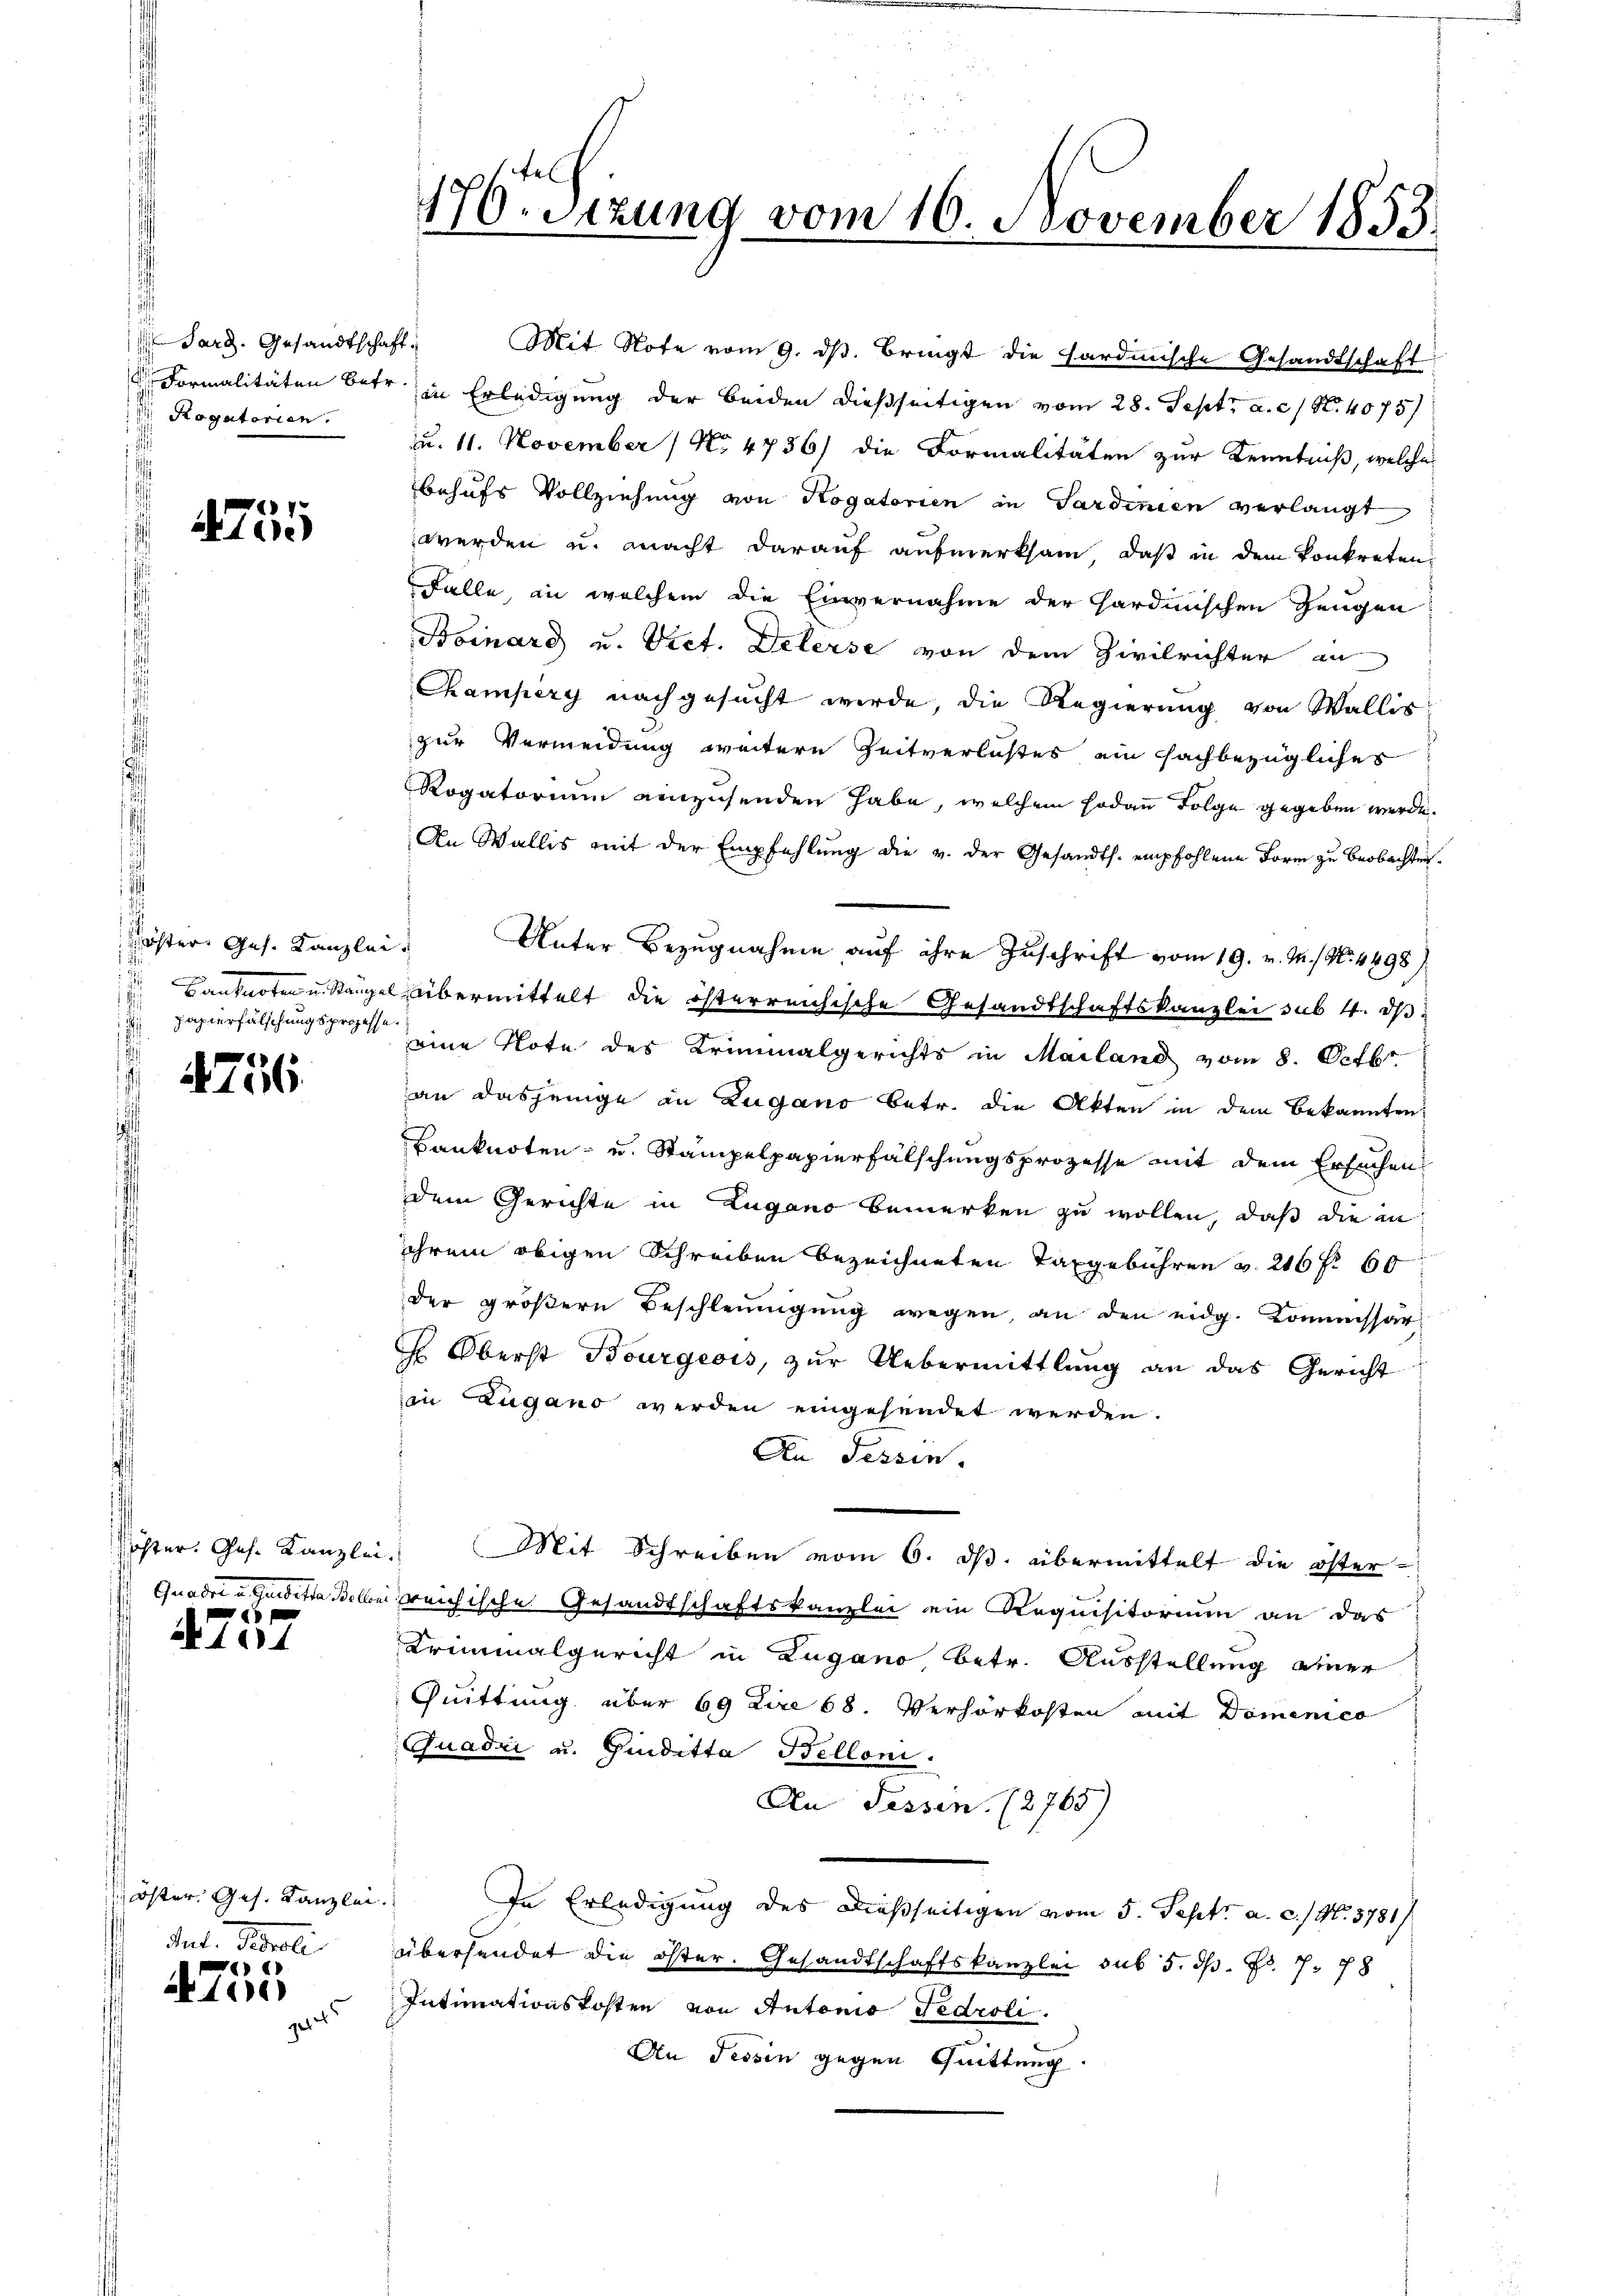
Sarg. Gesandtschaft
 Rogatorien.

4755

Köster Ges. Kanzlei
.
papierfälschungsprozesse.

e
N. 1116.

N 104

öster. Ges. Kanzlei.
tet. Storali

e
1

176. Sizung vom 16. November 1853.

Mit Note vom 9. dβ. Bringt die Hardmische Gesandtschaft
 Formalitäten betr. in Erledigung der beiden dießseitigen vom 28. Sept. a. c. / N. 4075/
u. 11. November 1 No 4736) die Formalitäten zur Kenntniß, welche
behufs Vollziehung von Rogatorien in Sardinien verlangt
werden u. macht darauf aufmerksam, daß in dem konkreten,
Falle, an welchem die Einvernahme der Gardinischen Zeugen
Boinard u. Vict. Delerse von dem Zivilrichter an
Champery nachgesucht werde, die Regierung von Wallis
zur Vermeidung weitere Zeitverlastes ein fachbezügliches
Rogatorium einzusenden habe, welchem sodann Folge gegeben werde.
An Wallis mit der Empfehlung die v. der Gesandts. empfohlene Form zu Beobachten¬
Unter Bezugnahme auf ihre Zuschrift vom 19. v. M. / No. 4898)
Banknoten u. Rangel übermittelt die österreichische Gesandtschaftskanzlei sub 4. ds
eine Note des Kriminalgerichts in Mailand vom 8. Octbr.
an dasjenige an Zugano betr. die Akten in dem Bekannten.
Banknoten- u. Stampelpapierfälschungsprozesse mit dem Ersuchen
dem Gerichte in Zugano bemerken zu wollen, daß die in
ihrem obigen Schreiben bezeichneten Taxgebühren u. 216 f. 60
der größern Beschleunigung wegen, an den eidg. Kommissar
 Oberst Bourgeois, zŭr Uebermittlung an das Gericht
in Zugano werden eingesendet werden.
An Tessin.
öster. Ges. Kanzlei. Mit Schreiben vom 6. ds. übermittelt die öster-
Guadere Hindete selben reichische Gesandtschaftskanzlei ein Requisitorium an das
Kriminalgericht in Zugano betr. Ausstellung einer
Quittung über 69 Lire 68. Verhörkosten mit Domenico
Quadri u. Guditta Belloni.
An Fessen. (2765)
In Erledigung des dießseitigen vom 5. Sept. a. c. / M. 5781/
übersendet die öster. Gesandtschaftskanzlei sub 5. ds. Fr. 778
Intimationskosten von Autonis Fedroli
An Tessin gegen Quittung